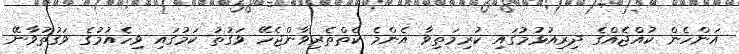
އަންހެން ކުއްޖެއްގެ ދިރިއުޅުމުގައި ކުރިމަތިވާ އެންމެ ކެތްތެރިވާންޖެހޭ ވަގުތު ކަމުގައި ވިހެއުމުގެ ވަގުތުވާނޭ